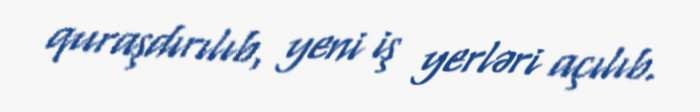
quraşdırılıb, yeni iş yerləri açılıb.